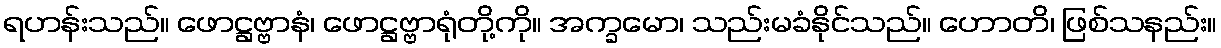
ရဟန်းသည်။ ဖောဋ္ဌဗ္ဗာနံ၊ ဖောဋ္ဌဗ္ဗာရုံတို့ကို။ အက္ခမော၊ သည်းမခံနိုင်သည်။ ဟောတိ၊ ဖြစ်သနည်း။